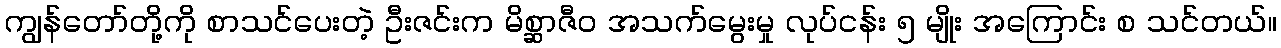
ကျွန်တော်တို့ကို စာသင်ပေးတဲ့ ဦးဇင်းက မိစ္ဆာဇီဝ အသက်မွေးမှု လုပ်ငန်း ၅ မျိုး အကြောင်း စ သင်တယ်။